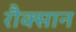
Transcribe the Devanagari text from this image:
रौक्सान